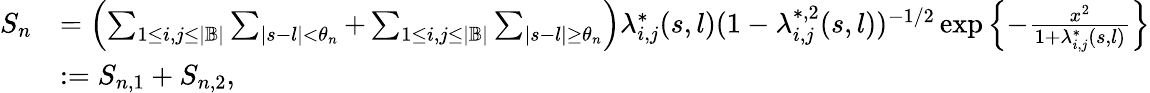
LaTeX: \begin{array}{rl}{S_{n}}&{=\left(\sum_{1\leq i,j\leq|\mathbb{B}|}\sum_{|s-l|<\theta_{n}}+\sum_{1\leq i,j\leq|\mathbb{B}|}\sum_{|s-l|\geq\theta_{n}}\right)\lambda_{i,j}^{*}(s,l)(1-\lambda_{i,j}^{*,2}(s,l))^{-1/2}\exp\left\{ -\frac{x^{2}}{1+\lambda_{i,j}^{*}(s,l)}\right\} }\\ &{:=S_{n,1}+S_{n,2},}\end{array}